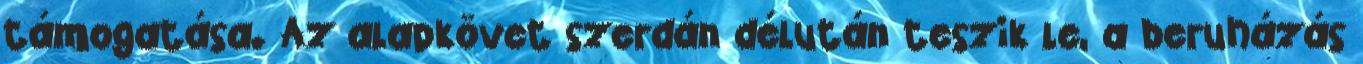
támogatása. Az alapkövet szerdán délután teszik le, a beruházás